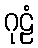
ဂုဠံ